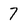
Character: 7